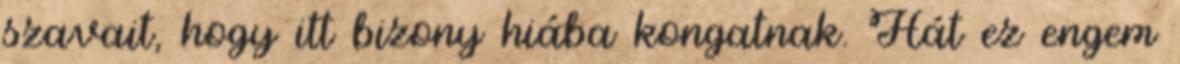
szavait, hogy itt bizony hiába kongatnak. Hát ez engem